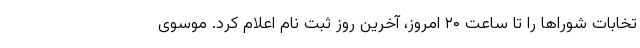
تخابات شوراها را تا ساعت ۲۰ امروز، آخرین روز ثبت نام اعلام کرد. موسوی